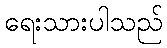
ရေးသားပါသည်